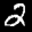
Label: 2